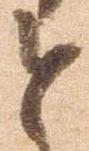
と